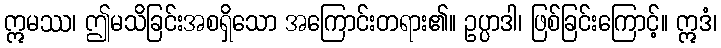
ဣမဿ၊ ဤမသိခြင်းအစရှိသော အကြောင်းတရား၏။ ဥပ္ပာဒါ၊ ဖြစ်ခြင်းကြောင့်။ ဣဒံ၊